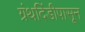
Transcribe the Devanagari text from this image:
ग्रंथदिंडीपासून